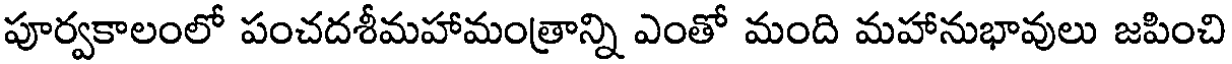
పూర్వకాలంలో పంచదశీమహామంత్రాన్ని ఎంతో మంది మహానుభావులు జపించి